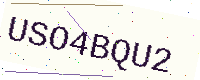
Text: USO4BQU2